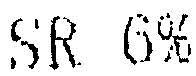
SR 6%